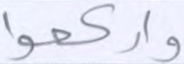
واركعوا